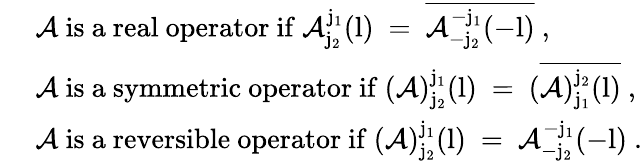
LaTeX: \begin{array}{rl}&{\mathrm{~\mathcal{A}~is~a~real~operator~if~\mathcal{A}^{j_1}_{j_2}(l)~=~\overline{{\mathcal{A}^{-j_1}_{-j_2}(-l)}}~},}\\ &{\mathrm{~\mathcal{A}~is~a~symmetric~operator~if~(\mathcal{A})^{j_1}_{j_2}(l)~=~(\overline{{\mathcal{A})^{j_2}_{j_1}(l)}}~},}\\ &{\mathrm{~\mathcal{A}~is~a~reversible~operator~if~(\mathcal{A})^{j_1}_{j_2}(l)~=~\mathcal{A}^{-j_1}_{-j_2}(-l)~}.}\end{array}